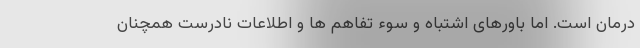
درمان است. اما باورهای اشتباه و سوء تفاهم ها و اطلاعات نادرست همچنان